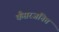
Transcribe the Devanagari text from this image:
कैंसरजनित